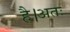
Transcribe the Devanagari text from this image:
है।अतः